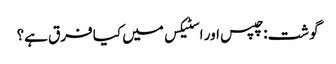
گوشت: چپس اور اسٹیکس میں کیا فرق ہے؟